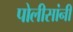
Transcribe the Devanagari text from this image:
पोलीसांनी